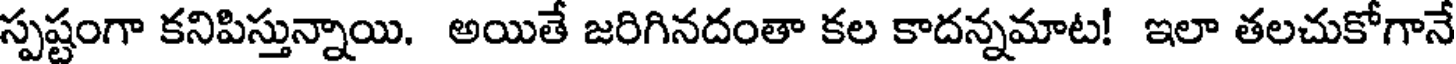
స్పష్టంగా కనిపిస్తున్నాయి. అయితే జరిగినదంతా కల కాదన్నమాట! ఇలా తలచుకోగానే